Annual report on the working of the mental hospitals in the Madras Presidency - 1912-1932
Year: 1912
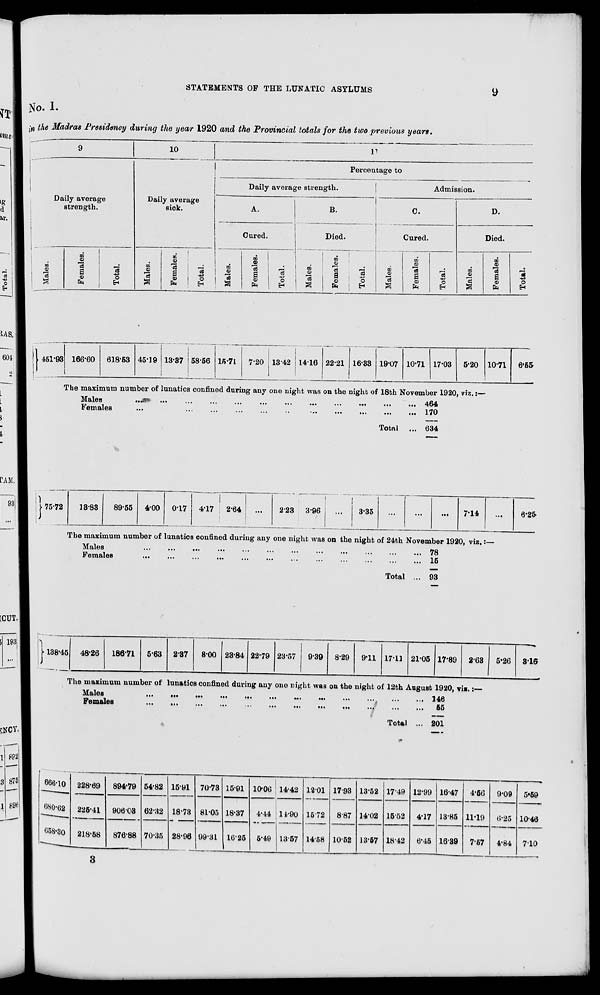
STATEMENTS OF THE LUNATIC ASYLUMS
9
No. 1.
in the Madras Presidency during the year 1920 and the Provincial totals for the two previous years.
Daily average
strength.
Males.
451.93
Females.
166.60
Total.
618.53
10
Daily average
sick.
Males.
45.19
Females.
13.37
Total.
58.56
11
Percentage to
Daily average strength.
A.
Cured.
Males.
15.71
Females.
7.20
Total.
13.42
B.
Died.
Males.
14.16
Females.
22.21
Total.
16.33
Admission.
C.
Cured.
Males.
19.07
Females.
10.71
Total.
17.03
D.
Died.
Males.
5.20
Females.
10.71
Total.
6.55
The maximum number of lunatics confined during any one night was on the night of 18th November 1920, viz.:—
Males ... ... ... ... ... ... ... ... ... ... ... ...
Females ... ... ... ... ... ... ... ... ... ... ... ...
Total ...
464
170
634
75.72
13.83
89.55
4.00
0.17
4.17
2.64
...
2.23 3.96
...
3.35
...
...
...
7.14
...
6.25
The maximum number of lunatics confined during any one night was on the night of 24th November 1920, viz.:—
Males
...
...
...
...
...
...
...
...
...
...
...
...
Females
...
...
...
...
...
...
...
...
...
...
...
...
Total ...
78
15
93
138.45 48.26
186.71 5.63 2.37
8.00 23.84 22.79 23.57
9.39
8.29
9.11 17.11 21.05 17.89 2.63
5.26
3.16
The maximum number of lunatics confined during any one night was on the night of 12th August 1920, viz.:—
Males
...
...
...
...
...
...
...
...
...
...
...
...
Females
...
...
...
...
...
...
...
...
...
...
...
...
Total ...
146
55
201
666.10
680.62
658.30
228.69
225.41
218.58
894.79
906.03
876.88
54.82
62.32
70.35
15.91
18.73
28.96
70.73
81.05
99.31
15.91
18.37
16.25
10.06
4.44
5.49
14.42
14.90
13.57
12.01
1572
14.58
17.93
8.87
10.52
13.52
14.02
13.57
17.49
15.52
18.42
12.99
4.17
6.45
16.47
13.85
16.39
4.56
11.19
7.57
9.09
6.25
4.84
5.59
10.46
7.10
3